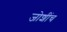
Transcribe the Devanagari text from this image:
जोशींच